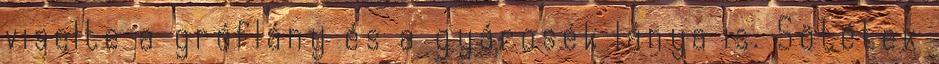
viselte a gróflány és a gyárosék lánya is. Sötétek